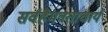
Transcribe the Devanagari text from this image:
सर्वहैमवताचार्य